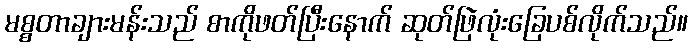
မစ္စတာချားမန်းသည် စာကိုဖတ်ပြီးနောက် ဆုတ်ဖြဲလုံးခြေပစ်လိုက်သည်။